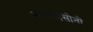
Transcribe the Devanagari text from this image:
माधोदासोतों